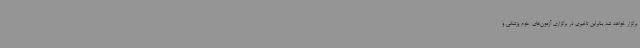
برگزار خواهد شد بنابراین تاخیری در برگزاری آزمون‌های علوم پزشکی و